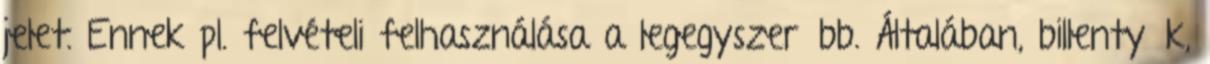
jelet. Ennek pl. felvételi felhasználása a legegyszerűbb. Általában, billentyűk,